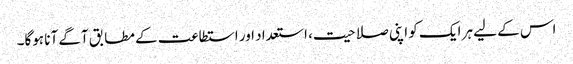
اس کے لیے ہر ایک کو اپنی صلاحیت، استعداد اور استطاعت کے مطابق آگے آنا ہوگا۔